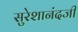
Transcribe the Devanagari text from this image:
सुरेशानंदजी